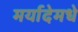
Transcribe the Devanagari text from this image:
मर्यादेमधे